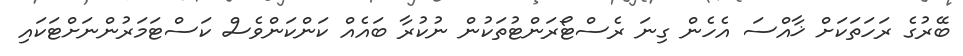
ބޭރުގެ ރަހަތަކަށް ޚާއްސަ އެހެން ގިނަ ރެސްޓޯރަންޓުތަކުން ނުކުރާ ބައެއް ކަންކަންވެސް ކަސްޓަމަރުންނަށްޓަކައި